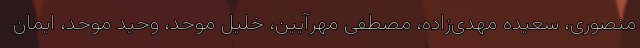
منصوری، سعیده مهدی‌زاده، مصطفی مهرآیین، خلیل موحد، وحید موحد، ایمان